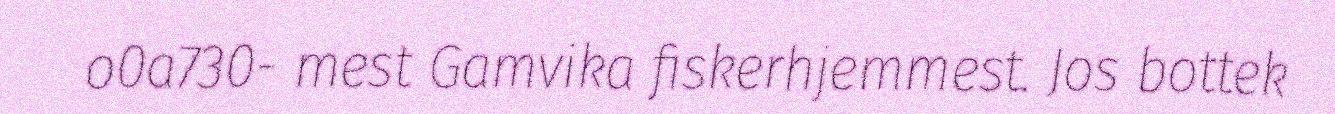
o0a730- mest Gamvika fiskerhjemmest. Jos bottek